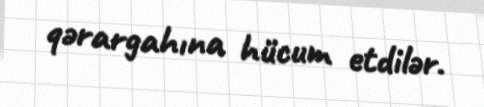
qərargahına hücum etdilər.